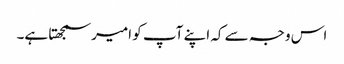
اس وجہ سے کہ اپنے آپ کو امیر سمجھتا ہے۔